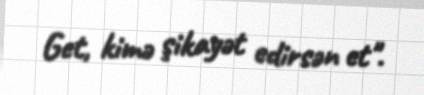
Get, kimə şikayət edirsən et".